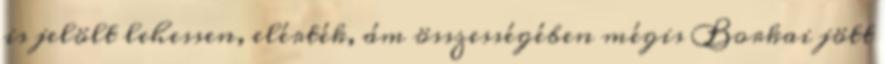
is jelölt lehessen, elérték, ám összességében mégis Borkai jött